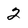
Character: 2